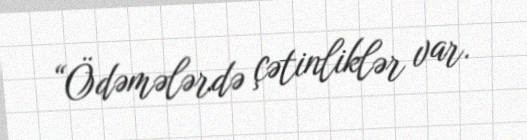
“Ödəmələrdə çətinliklər var.